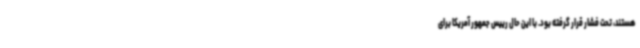
هستند، تحت فشار قرار گرفته بود. با این حال رییس جمهور آمریکا برای